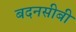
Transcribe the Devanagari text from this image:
बदनसीबी